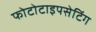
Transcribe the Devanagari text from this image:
फोटोटाइपसेटिंग